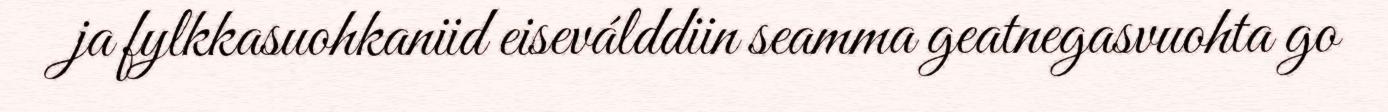
ja fylkkasuohkaniid eiseválddiin seamma geatnegasvuohta go